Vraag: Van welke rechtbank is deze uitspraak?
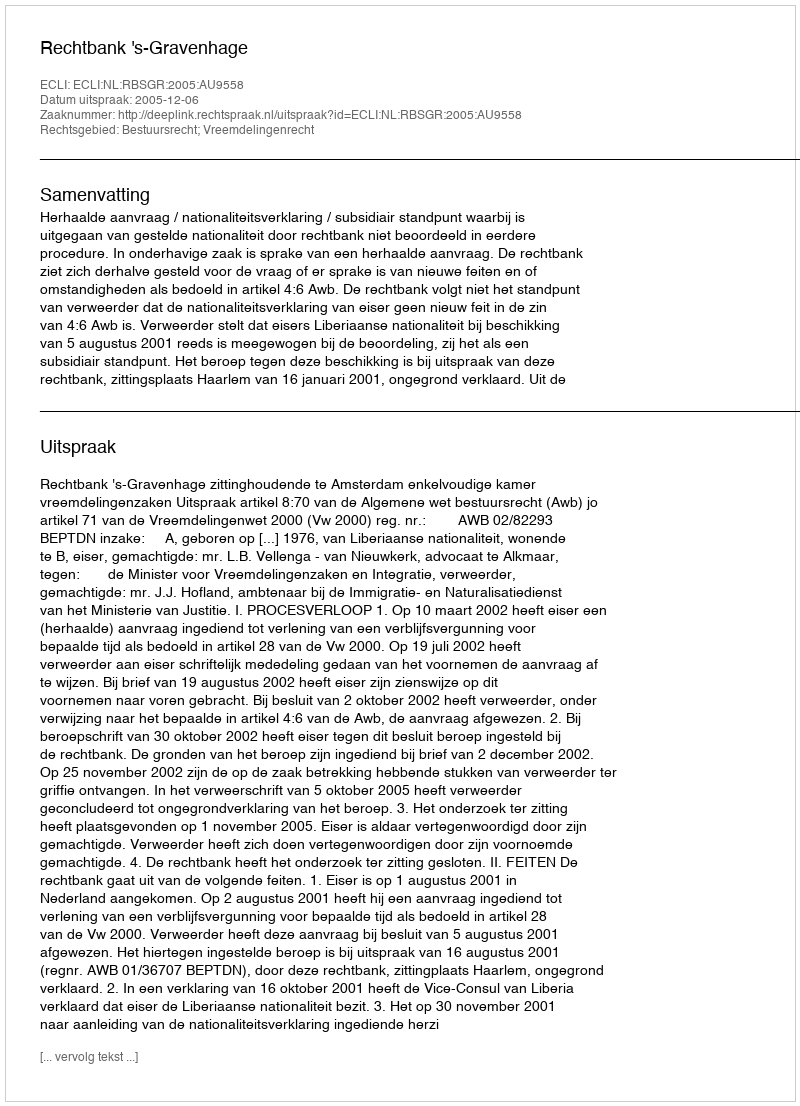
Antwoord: Rechtbank 's-Gravenhage